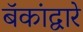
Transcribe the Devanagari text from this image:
बॅकांद्वारे